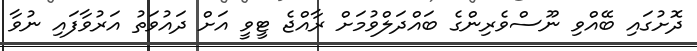
ދޮށުގައި ބޭއްވި ނޫސްވެރިންގެ ބައްދަލްވުމަށް ރާއްޖެ ޓީވީ އަށް ދައުވަތު އަރުވާފައި ނުވާ